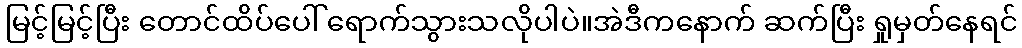
မြင့်မြင့်ပြီး တောင်ထိပ်ပေါ် ရောက်သွားသလိုပါပဲ။အဲဒီကနောက် ဆက်ပြီး ရှုမှတ်နေရင်